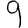
Digit: 9